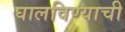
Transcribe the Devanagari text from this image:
घालविण्याची